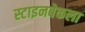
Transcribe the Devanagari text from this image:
स्टाइनबेकला